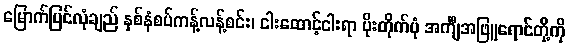
မြောက်ပြင်လုံချည် နှစ်နံစပ်ကန့်လန့်စင်း၊ ငါးထောင့်ငါးရာ ပိုးတိုက်ပုံ အင်္ကျီအဖြူရောင်တို့ကို